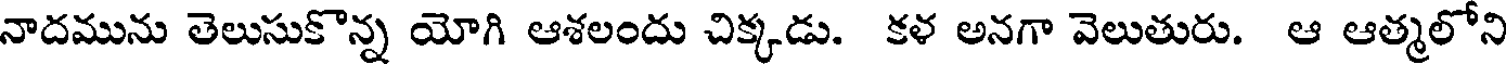
నాదమును తెలుసుకొన్న యోగి ఆశలందు చిక్కడు. కళ అనగా వెలుతురు. ఆ ఆత్మలోని